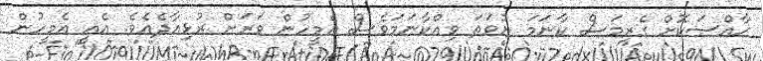
ޚާއްސަކޮށް ގެރިމަސް ކާނަމަ ނުވަތަ ވިއްކާނަމަވެސް އެމީހުން ވަރަށް ރުޅިއާދެއެވެ. އެއީ އެމީހުން